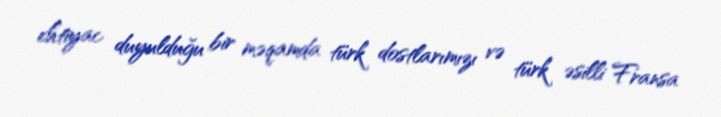
ehtiyac duyulduğu bir məqamda türk dostlarımızı və türk əsilli Fransa